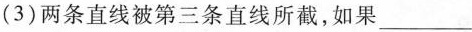
(3)两条直线被第三条直线所截，如果___